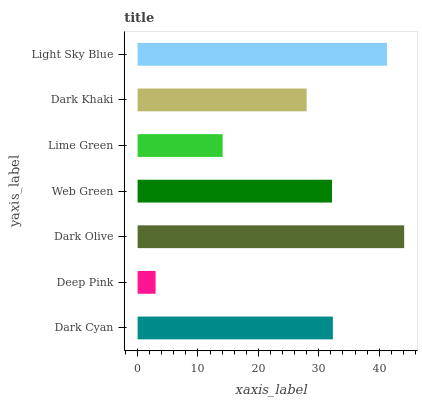
| yaxis_label | bars |
 | --- | --- |
 | Dark Cyan | 32.3 |
 | Deep Pink | 2.98 |
 | Dark Olive | 44.1 |
 | Web Green | 32.2 |
 | Lime Green | 14.1 |
 | Dark Khaki | 28 |
 | Light Sky Blue | 41.3 |